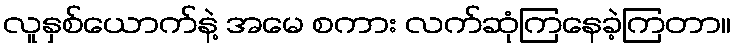
လူနှစ်ယောက်နဲ့ အမေ စကား လက်ဆုံကြနေခဲ့ကြတာ။